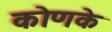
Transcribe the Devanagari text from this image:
कोणके